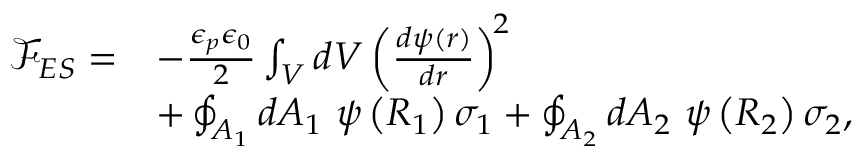
\begin{array} { r l } { \mathcal { F } _ { E S } = } & { - \frac { \epsilon _ { p } \epsilon _ { 0 } } { 2 } \int _ { V } d V \left( \frac { d \psi ( r ) } { d r } \right) ^ { \! 2 } } \\ & { + \oint _ { A _ { 1 } } d A _ { 1 } ~ \psi \left( R _ { 1 } \right) \sigma _ { 1 } + \oint _ { A _ { 2 } } d A _ { 2 } ~ \psi \left( R _ { 2 } \right) \sigma _ { 2 } , } \end{array}